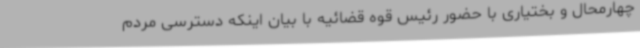
چهارمحال و بختیاری با حضور رئیس قوه قضائیه با بیان اینکه دسترسی مردم